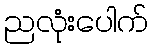
ညလုံးပေါက်